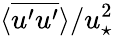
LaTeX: \langle\overline{{u^{\prime}u^{\prime}}}\rangle/u_{\star}^{2}